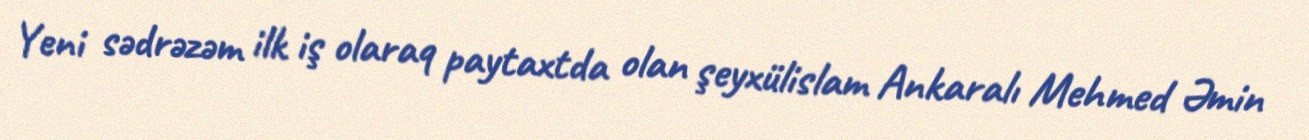
Yeni sədrəzəm ilk iş olaraq paytaxtda olan şeyxülislam Ankaralı Mehmed Əmin